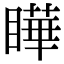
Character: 瞱